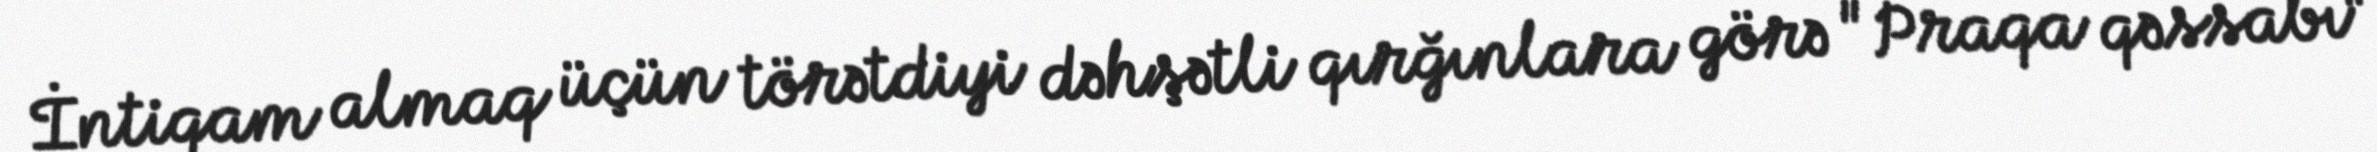
İntiqam almaq üçün törətdiyi dəhşətli qırğınlara görə "Praqa qəssabı"